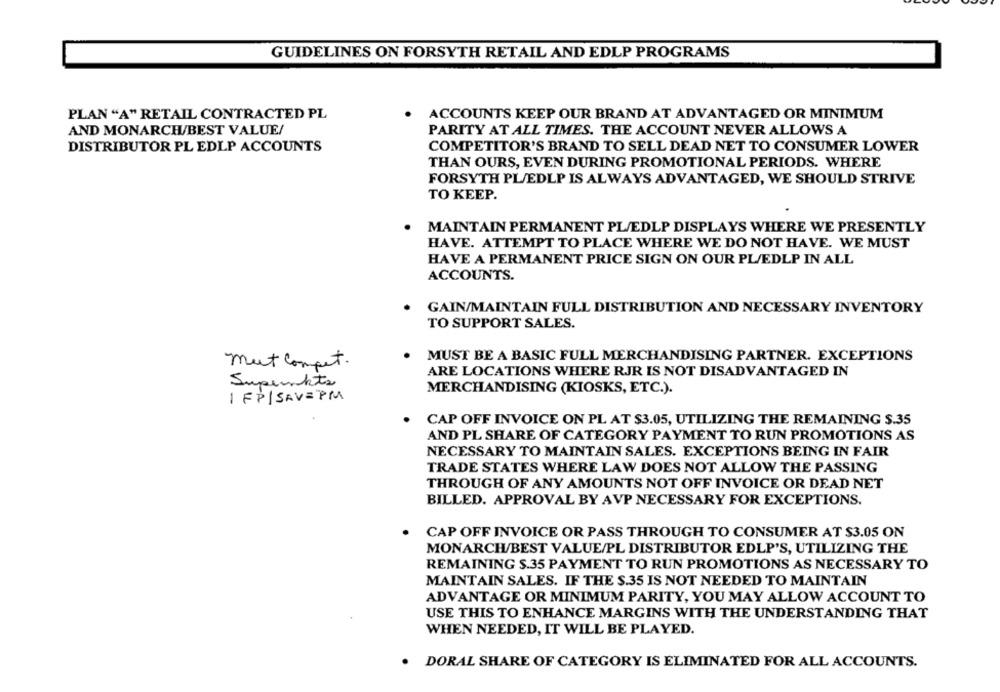
GUIDELINES ON FORSYTH RETAIL AND EDLP PROGRAMS
PLAN "A" RETAIL CONTRACTED PL
ACCOUNTS KEEP OUR BRAND AT ADVANTAGED OR MINIMUM
AND MONARCH/BEST VALUE/
PARITY AT ALL TIMES. THE ACCOUNT NEVER ALLOWS A
DISTRIBUTOR PL EDLP ACCOUNTS
COMPETITOR'S BRAND TO SELL DEAD NET TO CONSUMER LOWER
THAN OURS, EVEN DURING PROMOTIONAL PERIODS. WHERE
FORSYTH PL/EDLP IS ALWAYS ADVANTAGED, WE SHOULD STRIVE
TO KEEP.
MAINTAIN PERMANENT PL/EDLP DISPLAYS WHERE WE PRESENTLY
HAVE. ATTEMPT TO PLACE WHERE WE DO NOT HAVE. WE MUST
HAVE A PERMANENT PRICE SIGN ON OUR PL/EDLP IN ALL
ACCOUNTS.
GAIN/MAINTAIN FULL DISTRIBUTION AND NECESSARY INVENTORY
TO SUPPORT SALES.
MUST BE A BASIC FULL MERCHANDISING PARTNER. EXCEPTIONS
mut compet.
ARE LOCATIONS WHERE RJR IS NOT DISADVANTAGED IN
Supunkte
MERCHANDISING (KIOSKS, ETC.).
IFP| SAV = PM
CAP OFF INVOICE ON PL AT $3.05, UTILIZING THE REMAINING $.35
AND PL SHARE OF CATEGORY PAYMENT TO RUN PROMOTIONS AS
NECESSARY TO MAINTAIN SALES. EXCEPTIONS BEING IN FAIR
TRADE STATES WHERE LAW DOES NOT ALLOW THE PASSING
THROUGH OF ANY AMOUNTS NOT OFF INVOICE OR DEAD NET
BILLED. APPROVAL BY AVP NECESSARY FOR EXCEPTIONS.
CAP OFF INVOICE OR PASS THROUGH TO CONSUMER AT $3.05 ON
MONARCH/BEST VALUE/PL DISTRIBUTOR EDLP'S, UTILIZING THE
REMAINING S.35 PAYMENT TO RUN PROMOTIONS AS NECESSARY TO
MAINTAIN SALES. IF THE $.35 IS NOT NEEDED TO MAINTAIN
ADVANTAGE OR MINIMUM PARITY, YOU MAY ALLOW ACCOUNT TO
USE THIS TO ENHANCE MARGINS WITH THE UNDERSTANDING THAT
WHEN NEEDED, IT WILL BE PLAYED.
. DORAL SHARE OF CATEGORY IS ELIMINATED FOR ALL ACCOUNTS.